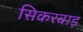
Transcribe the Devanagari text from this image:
सिकरवाड़